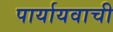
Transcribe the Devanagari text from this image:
पार्यायवाची